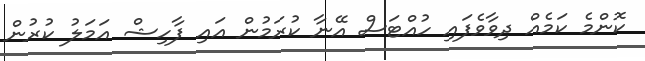
ކޮންމެ ކަމެއް ދިވާވެފައި ހުއްޓަސް އޭނާ ކުރަމުން އައި ފާހިޝް އަމަލު ކުރުން